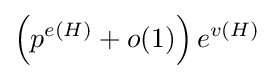
\left(p^{e(H)}+o(1)\right)e^{v(H)}